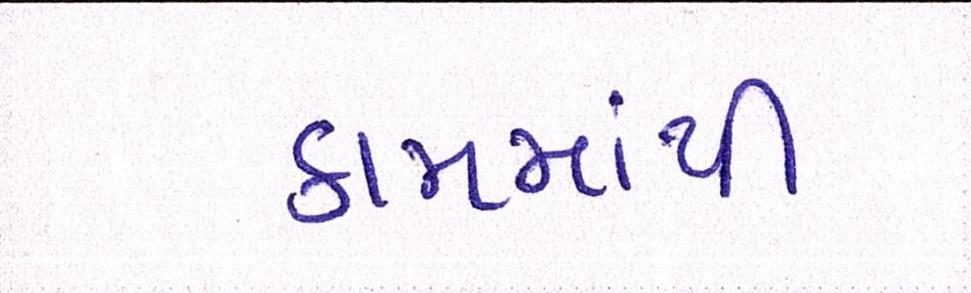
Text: કામમાંથી